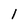
Character: l